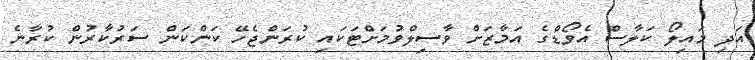
އަދި މައިލޯ ކަލާސް އެވޯޑްގެ އަމާޒަށް ވާސިލްވުމަށްޓަކައި ކުރަންޖެހޭ ކަންކަން ސަރުކާރުން ކުރާނެ